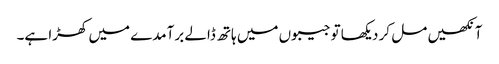
آنکھیں مل کر دیکھا تو جیبوں میں ہاتھ ڈالے برآمدے میں کھڑا ہے۔